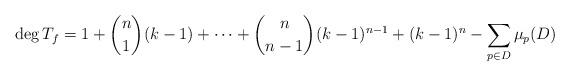
LaTeX: \begin{align*}\deg T_f = 1+\binom{n}{1}(k-1)+\dotsb+\binom{n}{n-1}(k-1)^{n-1} + (k-1)^n - \sum_{p\in D} \mu_p(D) \end{align*}